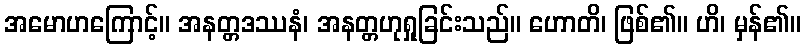
အမောဟကြောင့်။ အနတ္တဒဿနံ၊ အနတ္တဟုရှုခြင်းသည်။ ဟောတိ၊ ဖြစ်၏။ ဟိ၊ မှန်၏။